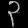
Digit: ၃